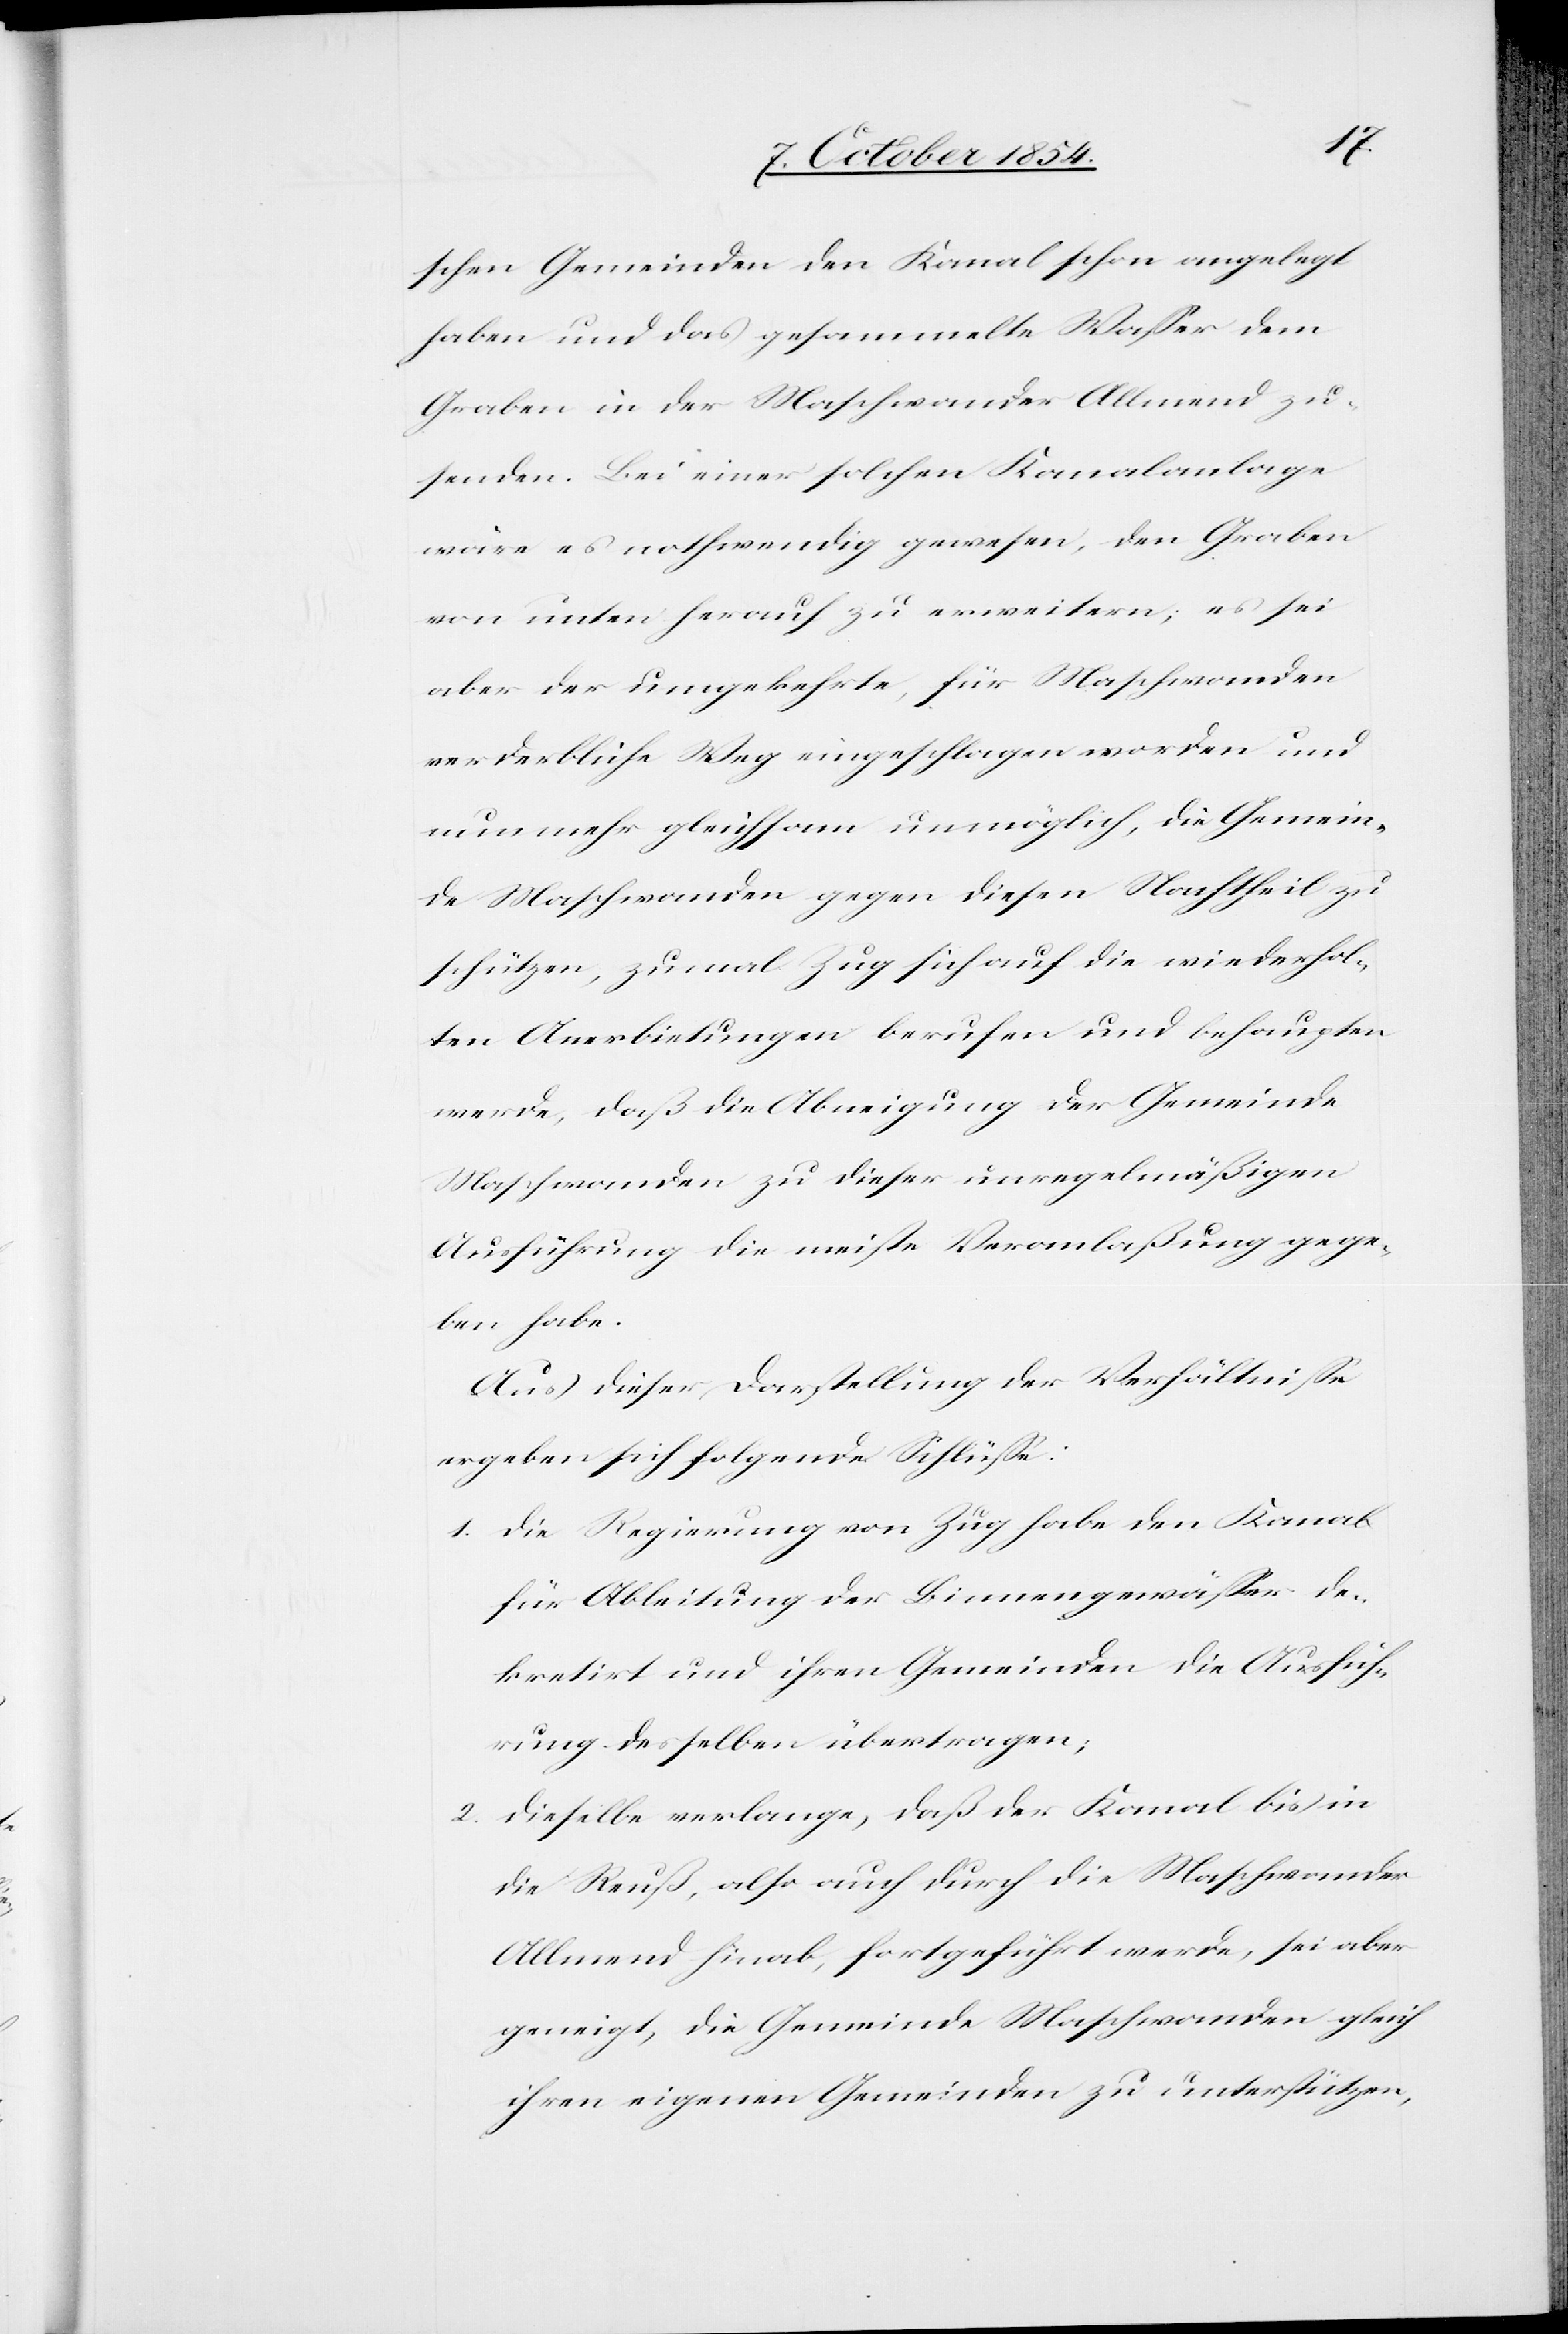
2.

schen Gemeinden den Kanal schon angelegt
haben und das gesammelte Waßer dem
Graben in der Maschwander Allmend zu¬
senden. Bei einer solchen Kanalanlage
wäre es nothwendig gewesen, den Graben
von unten herauf zu erweitern; es sei
aber der umgekehrte, für Maschwanden
verderbliche Weg eingeschlagen worden und
nunmehr gleichsam unmöglich, die Gemein¬
de Maschwanden gegen diesen Nachtheil zu
schützen, zumal Zug sich auf die wiederhol¬
ten Anerbietungen berufen und behaupten
werde, daß die Abneigung der Gemeinde
Maschwanden zu dieser unregelmäßigen
Ausführung die meiste Veranlaßung gege¬
ben habe.
Aus dieser Darstellung der Verhältniße
ergeben sich folgende Schlüße:
1. Die Regierung von Zug habe den Kanal
für Ableitung der Binnengewäßer de¬
kretirt und ihren Gemeinden die Ausfüh¬
rung desselben übertragen;
Dieselbe verlange, daß der Kanal bis in
die Reuß, also auch durch die Maschwander
Allmend hinab, fortgeführt werde, sei aber
geneigt, die Gemeinde Maschwanden gleich
ihren eigenen Gemeinden zu unterstützen,